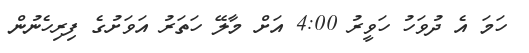
ހަމަ އެ ދުވަހު ހަވީރު 4:00 އަށް މާލޭ ހަތަރު އަވަށުގެ ފިރިހެނުން